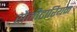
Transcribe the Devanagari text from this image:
सैनीटारियम